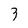
Character: 3